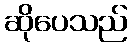
ဆိုပေသည်